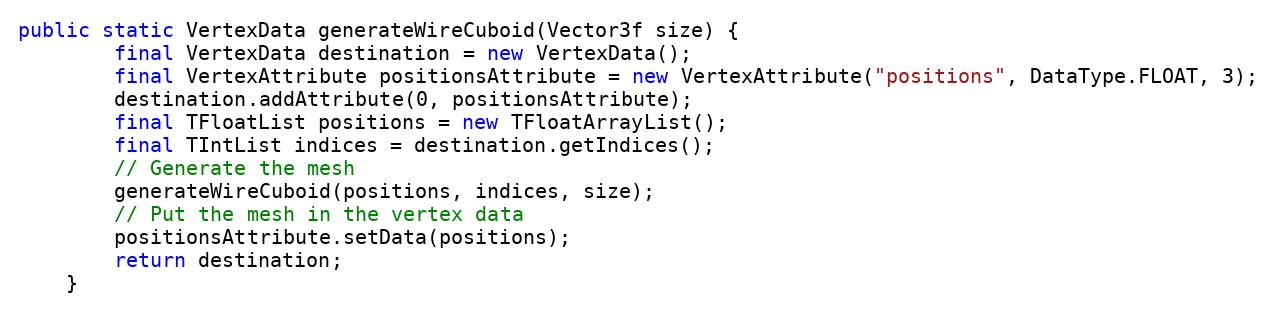
Language: Java
public static VertexData generateWireCuboid(Vector3f size) {
        final VertexData destination = new VertexData();
        final VertexAttribute positionsAttribute = new VertexAttribute("positions", DataType.FLOAT, 3);
        destination.addAttribute(0, positionsAttribute);
        final TFloatList positions = new TFloatArrayList();
        final TIntList indices = destination.getIndices();
        // Generate the mesh
        generateWireCuboid(positions, indices, size);
        // Put the mesh in the vertex data
        positionsAttribute.setData(positions);
        return destination;
    }